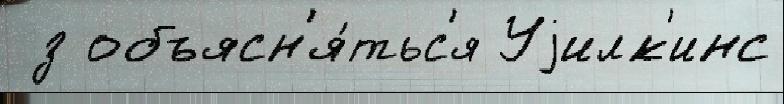
 з объясн'я́тьс'я Уjилк'инс